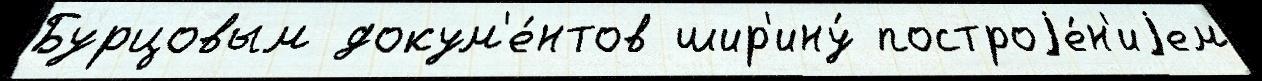
Бурцовым докум'е́нтов шир'ину́ построjе́н'иjем